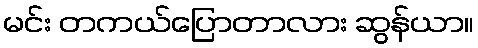
မင်း တကယ်ပြောတာလား ဆွန်ယာ။